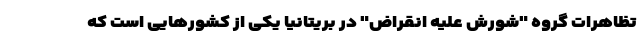
تظاهرات گروه "شورش علیه انقراض" در بریتانیا یکی از کشورهایی است که